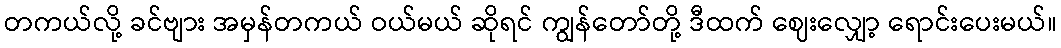
တကယ်လို့ ခင်ဗျား အမှန်တကယ် ဝယ်မယ် ဆိုရင် ကျွန်တော်တို့ ဒီထက် ဈေးလျှော့ ရောင်းပေးမယ်။